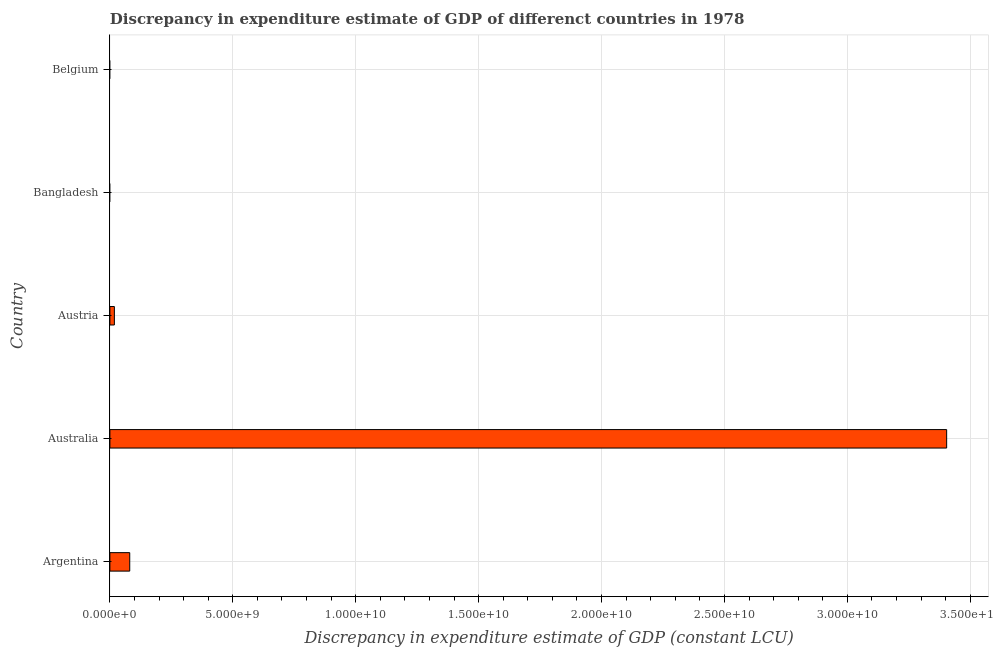
| Country | Discrepancy constant LCU |
 | --- | --- |
 | Argentina | 8.07e+08 |
 | Australia | 3.4e+10 |
 | Austria | 1.82e+08 |
 | Bangladesh | -2.26e+11 |
 | Belgium | -6.15e+09 |